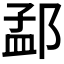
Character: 𮷫